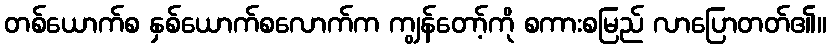
တစ်ယောက်စ နှစ်ယောက်စလောက်က ကျွန်တော့်ကို စကားစမြည် လာပြောတတ်၏။